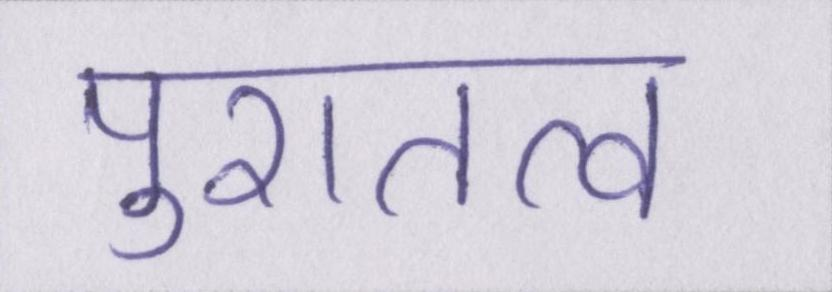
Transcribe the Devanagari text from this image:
पुरातत्व